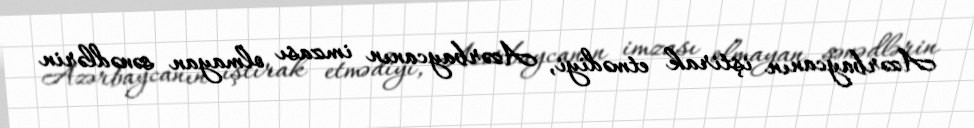
Azərbaycanın iştirak etmədiyi, Azərbaycanın imzası olmayan sənədlərin